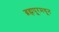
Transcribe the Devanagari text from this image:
ब्रह्मपूरमधून